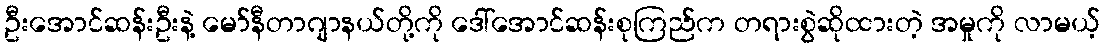
ဦးအောင်ဆန်းဦးနဲ့ မော်နီတာဂျာနယ်တို့ကို ဒေါ်အောင်ဆန်းစုကြည်က တရားစွဲဆိုထားတဲ့ အမှုကို လာမယ့်